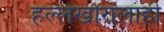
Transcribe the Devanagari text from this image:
हल्लेखोरालाही